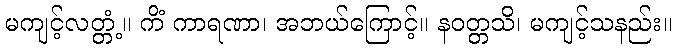
မကျင့်လတ္တံ့။ ကိံ ကာရဏာ၊ အဘယ်ကြောင့်။ နဝတ္တသိ၊ မကျင့်သနည်း။